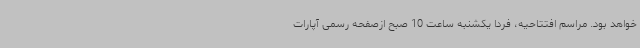
خواهد بود. مراسم افتتاحیه، فردا یکشنبه ساعت 10 صبح ازصفحه رسمی آپارات